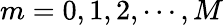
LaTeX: m=0,1,2,\cdots,M